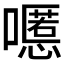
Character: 𱕔